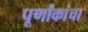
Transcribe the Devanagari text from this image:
पूर्णांकांचा